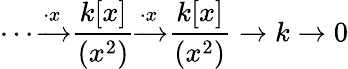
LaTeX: \cdots{\xrightarrow{\cdot x}}{\frac{k[x]}{(x^{2})}}{\xrightarrow{\cdot x}}{\frac{k[x]}{(x^{2})}}\to k\to 0